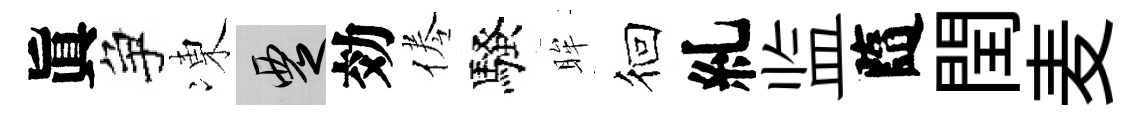
眞争凍覂効倦騷眸徊糺监隨閏麦